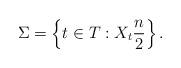
LaTeX: \begin{align*}\Sigma=\left\{t\in T: X_t \frac{n}{2}\right\}. \end{align*}